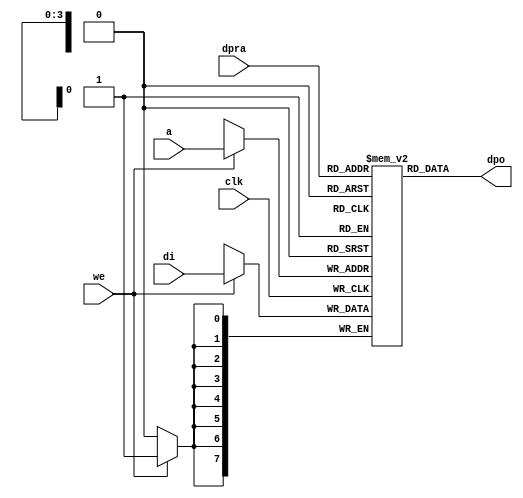
//Following is the Verilog code for a dual-port RAM with asynchronous read. 
module raminfr   
        (clk, we, a, dpra, di, dpo); 

parameter addr_width = 4;
parameter data_width = 8;
parameter depth = 16;

input clk;   
input we;   
input  [addr_width-1:0] a;   
input  [addr_width-1:0] dpra;   
input  [data_width-1:0] di;   
//output [data_width-1:0] spo;   
output [data_width-1:0] dpo;   
reg    [data_width-1:0] ram [depth-1:0]; 

wire [data_width-1:0] dpo;
wire  [data_width-1:0] di;   
wire  [addr_width-1:0] a;   
wire  [addr_width-1:0] dpra;   
 
  always @(posedge clk) begin   
    if (we)   
      ram[a] <= di;   
  end   
//  assign spo = ram[a];   
  assign dpo = ram[dpra];   
endmodule